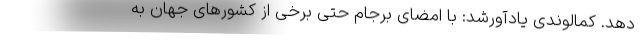
دهد. کمالوندی یادآورشد: با امضای برجام حتی برخی از کشورهای جهان به